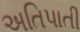
અતિપાતી